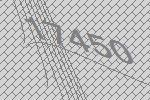
17450